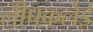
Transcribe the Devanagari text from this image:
लीपकलेई